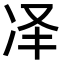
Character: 𪞝